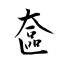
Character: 奩